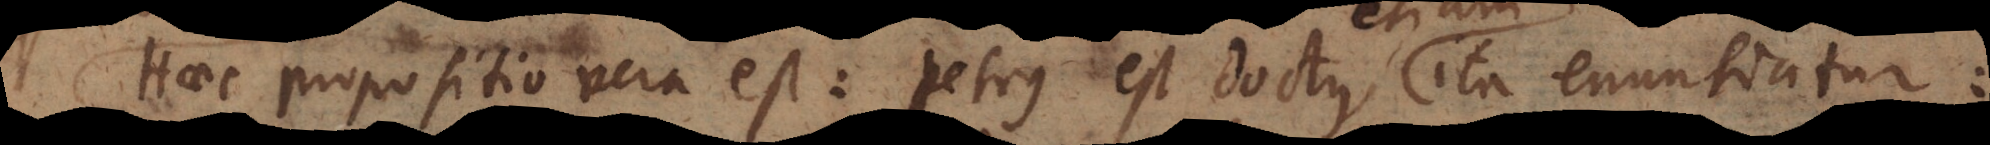
Haec propositio vera est: Petrus est doctus, ita enuntiatur: